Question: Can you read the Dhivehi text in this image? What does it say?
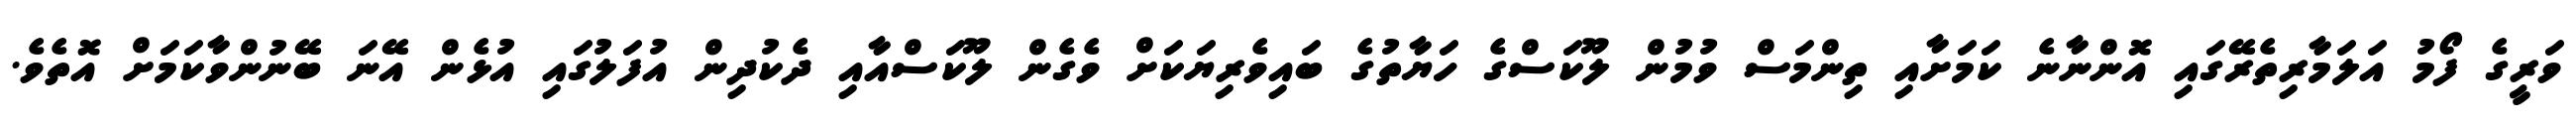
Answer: ވަރީގެ ފޯމު އަލަމާރިތެރޭގައި އޮންނާނެ ކަމަށާއި ތިންމަސް ވުމުން ލޫކަސްގެ ހަޔާތުގެ ބައިވެރިޔަކަށް ވެގެން ލޫކަސްއާއި ދެކުދިން އުފަލުގައި އުޅެން އޭނަ ބޭނުންވާކަމަށް އޮތެވެ.